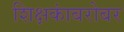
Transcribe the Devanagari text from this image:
शिक्षकांबरोबर